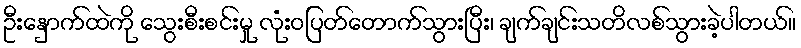
ဦးနှောက်ထဲကို သွေးစီးစင်းမှု လုံးဝပြတ်တောက်သွားပြီး၊ ချက်ချင်းသတိလစ်သွားခဲ့ပါတယ်။